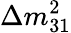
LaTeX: \Delta m_{31}^{2}